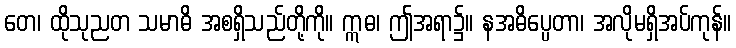
တေ၊ ထိုသုညတ သမာဓိ အစရှိသည်တို့ကို။ ဣဓ၊ ဤအရာ၌။ နအဓိပ္ပေတာ၊ အလိုမရှိအပ်ကုန်။